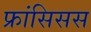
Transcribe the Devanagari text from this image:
फ्रांसिसस